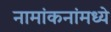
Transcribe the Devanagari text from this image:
नामांकनांमध्ये